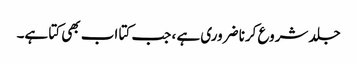
جلد شروع کرنا ضروری ہے ، جب کتا اب بھی کتا ہے۔